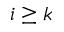
i \geq k